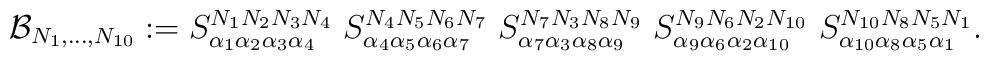
{\cal B}_{N_1,\ldots,N_{10}} := {S}^{N_1 N_2 N_3 N_4}_{\alpha_1\alpha_2\alpha_3\alpha_4}\ {S}^{N_4 N_5 N_6 N_7}_{\alpha_4\alpha_5\alpha_6\alpha_7}\ {S}^{N_7 N_3 N_8 N_9}_{\alpha_7\alpha_3\alpha_8\alpha_9}\ {S}^{N_9 N_6 N_2 N_{10}}_{\alpha_9\alpha_6\alpha_2\alpha_{10}}\ {S}^{N_{10} N_8 N_5 N_1}_{\alpha_{10}\alpha_8\alpha_5\alpha_1}.